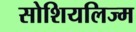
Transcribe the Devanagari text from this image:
सोशियलिज्म